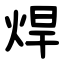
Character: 焊